Report on vaccination in the Province of Bengal - 1869-1873
Year: 1869
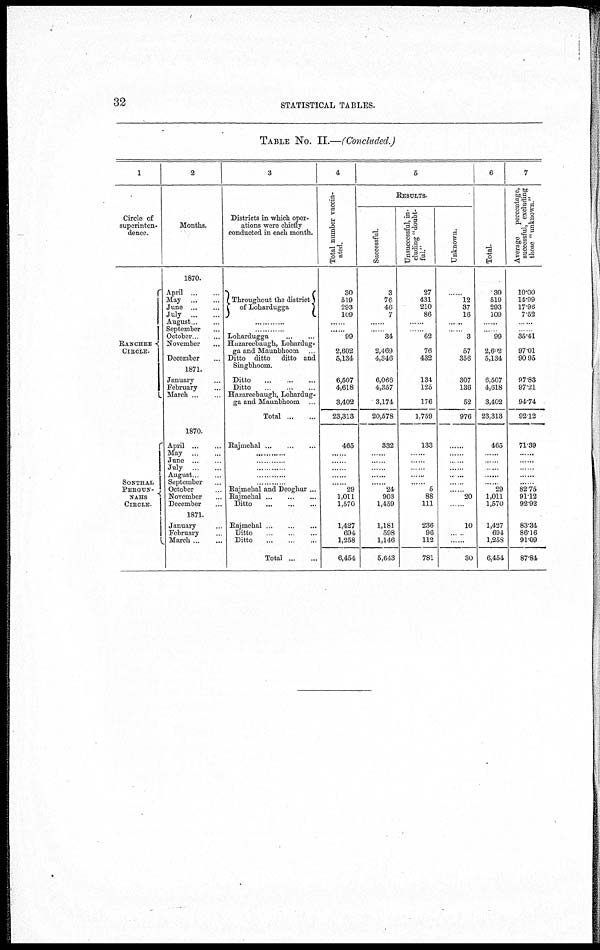
32
STATISTICAL TABLES.
TABLE No. II.—(Concluded.)
1
Circle of
superinten-
dence.
RANCHES¬
CIRCLE.
SONTHAL
PERGUN¬
NAHS
CIRCLE.
2
Months.
1870.
April ... ...
May
...
June
...
...
July
...
...
August ... ...
September
October .
November
December
1871.
January ...
February ...
March...
...
1870.
April
...
...
May
...
...
June
...
...
July ... ...
August... ...
September
October ...
November ...
December ...
1871.
January ...
February ...
March ... ...
3
Districts in which oper-
ations were chiefly
conducted in each month.
Throughout the district
of Lohardugga
......
Lohardugga
...
...
Huzareebaugh, Lohardug-
ga and Maunbhoom ...
Ditto ditto
ditto and
Singbhoom.
Ditto
...
...
...
Ditto
...
...
Hazareebaugh, Lohardug-
ga and Maunbhoom
Total
...
...
Rajmehal
...
...
...
.........
.........
......
......
Rajmehal and Deoghur ...
Rajmehal
...
...
...
Ditto
...
...
...
Rajmehal
...
...
...
Ditto
...
...
Ditto
...
...
Total
...
...
4
Total number vaccin-
ated.
30
519
293
109
......
......
99
2,602
5,134
6,507
4,618
3,402
23,313
465
......
......
...
...
29
1,011
1,570
1,427
694
1,258
6,454
6
RESULTS.
Successful.
3
76
46
7
......
... 34
2,469
4,346
6,066
4,357
3,174
20,578
332
....
......
......
......
24
903
1,459
1,181
598
1,146
5,643
Unsuccessful, in-
cluding "doubt-
ful."
27
431
210
86
......
...
62
76
432
134
125
176
1,759
133
.....
......
.....
......
......
5
88
111
236
96
112
781
Unknown.
......
12
37
16
......
......
3
57
356
307
136
52
976
......
......
......
......
......
......
20
......
10
...
....
30
6
Total.
30
519
293
109
...
...
99
2,602
5,134
6,507
4,618
3,402
23,313
465
......
......
......
......
......
29
1,011
1,570
1,427
694
1,258
6,454
7
Average percentage,
successful, excluding
those "unknown."
10.00
14.99
17.96
7.52
....
......
35.41
97.01
90.95
97.83
97.21
94.74
92.12
71.39
......
......
......
......
...
82.75
91.12
92.92
83.34
86.16
91.09
87.84